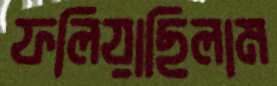
ফলিয়াছিলাম